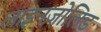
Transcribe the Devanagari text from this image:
लाइनज़ोलिड